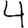
Digit: 4